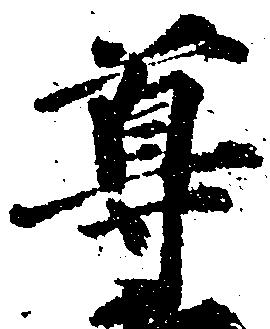
尊